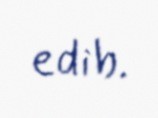
edib.